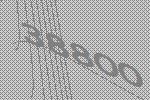
38800